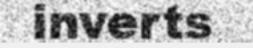
inverts